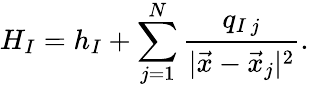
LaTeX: H_{I}=h_{I}+\sum_{j=1}^{N}\frac{q_{I\, j}}{|\vec{x}-\vec{x}_{j}|^{2}}.